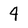
Character: 4